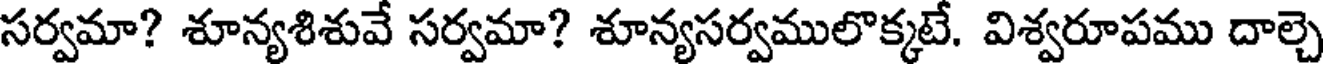
సర్వమా? శూన్యశిశువే సర్వమా? శూన్యసర్వములొక్కటే. విశ్వరూపము దాల్చె